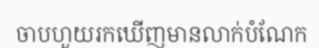
ចាបហួយរកឃើញមានលាក់បំណែក